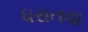
ધરાતવા